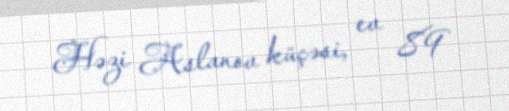
Həzi Aslanov küçəsi, ev 89